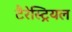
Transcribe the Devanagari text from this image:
टैरेस्ट्रियल